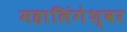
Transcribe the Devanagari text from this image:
महालिंगेश्वर